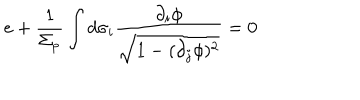
LaTeX: e + \frac { 1 } { \Sigma _ { p } } \int d \sigma _ { i } \frac { \partial _ { i } \phi } { \sqrt { 1 - ( \partial _ { j } \phi ) ^ { 2 } } } = 0